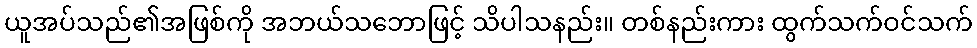
ယူအပ်သည်၏အဖြစ်ကို အဘယ်သဘောဖြင့် သိပါသနည်း။ တစ်နည်းကား ထွက်သက်ဝင်သက်